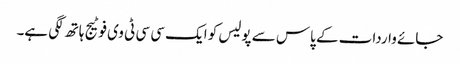
جائے واردات کے پاس سے پولیس کو ایک سی سی ٹی وی فوٹیج ہاتھ لگی ہے۔